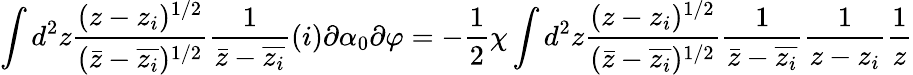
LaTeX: \int d^{2}z\frac{(z-z_{i})^{1/2}}{(\bar{z}-\overline{{z_{i}}})^{1/2}}\frac{1}{\bar{z}-\overline{{z_{i}}}}(i)\partial\alpha_{0}\partial\varphi=-\frac{1}{2}\chi\int d^{2}z\frac{(z-z_{i})^{1/2}}{(\bar{z}-\overline{{z_{i}}})^{1/2}}\frac{1}{\bar{z}-\overline{{z_{i}}}}\frac{1}{z-z_{i}}\frac{1}{z}